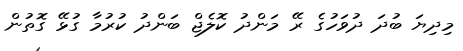
މިދިޔަ ބުދަ ދުވަހުގެ ރޭ މަންދު ކޮލެޖް ބަންދު ކުރުމާ ގުޅޭ ގޮތުން